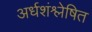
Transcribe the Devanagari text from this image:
अर्धशंश्लेषित